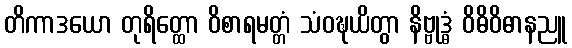
တိကာဒယော တုရိတ္ထော ဝိစာရမတ္တံ သံဝဍ္ဎယိတွာ နိဗ္ဗုဒ္ဓံ ဝိဓိဝိဓာနညူ